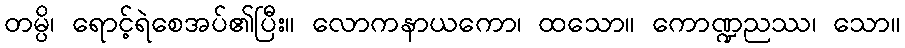
တမ္ပိ၊ ရောင့်ရဲစေအပ်၏ပြီး။ လောကနာယကော၊ ထသော။ ကောဏ္ဍညဿ၊ သော။